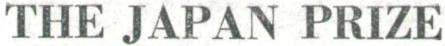
THE JAPAN PRIZE